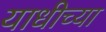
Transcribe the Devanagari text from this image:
याधीच्या